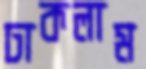
ঢাকলাম